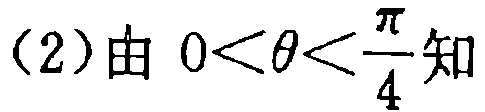
(2)由 \(0<\theta<\frac{\pi}{4}\) 知